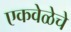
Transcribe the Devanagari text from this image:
एकवेळेचे